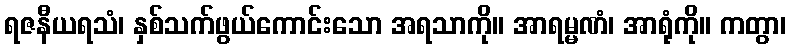
ရဇနီယရသံ၊ နှစ်သက်ဖွယ်ကောင်းသော အရသာကို။ အာရမ္မဏံ၊ အာရုံကို။ ကတွာ၊